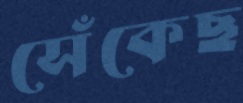
সেঁকেছ